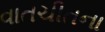
વાતચીતના